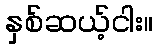
နှစ်ဆယ့်ငါး။